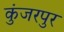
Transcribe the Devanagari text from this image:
कुंजरपुर